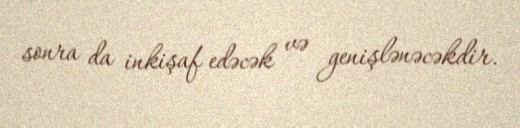
sonra da inkişaf edəcək və genişlənəcəkdir.